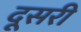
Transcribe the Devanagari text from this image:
दूसरी